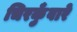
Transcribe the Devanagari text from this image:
चिरकुँवारे